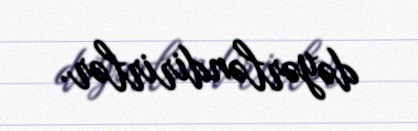
dəyərləndirirlər.